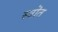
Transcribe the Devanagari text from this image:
स्त्रॊत